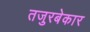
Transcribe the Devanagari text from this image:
तजुरबेकार